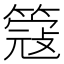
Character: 簆